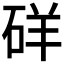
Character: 𥒞